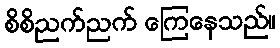
စိစိညက်ညက် ကြေနေသည်။